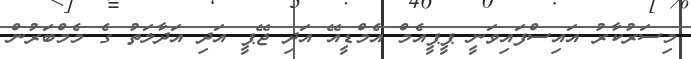
މިސަރުކާރު އައިސްފައިވަނީ ޕީޕީއެމް އެމްޑީއޭ އަދި ޖޭޕީ އަދި އަދާލަތު ގެ މެމްބަރުން